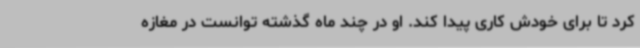
کرد تا برای خودش کاری پیدا کند. او در چند ماه گذشته توانست در مغازه